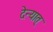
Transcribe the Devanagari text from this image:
देन्यात्